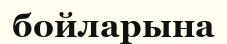
бойларына